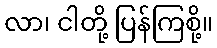
လာ၊ ငါတို့ ပြန်ကြစို့။